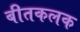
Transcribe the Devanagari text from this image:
बीतकलक